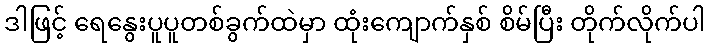
ဒါဖြင့် ရေနွေးပူပူတစ်ခွက်ထဲမှာ ထုံးကျောက်နှစ် စိမ်ပြီး တိုက်လိုက်ပါ